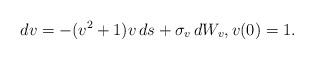
LaTeX: \begin{align*} d v = - (v^2 + 1)v \,ds + \sigma_v \, dW_v, v(0)=1.\end{align*}